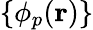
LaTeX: \{ \phi_{p}(\textbf{r})\}